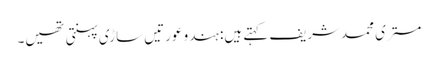
مستری محمدشریف کہتے ہیں: ہندو عورتیں ساڑی پہنتی تھیں۔